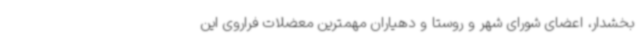
بخشدار، اعضای شورای شهر و روستا و دهیاران مهمترین معضلات فراروی این